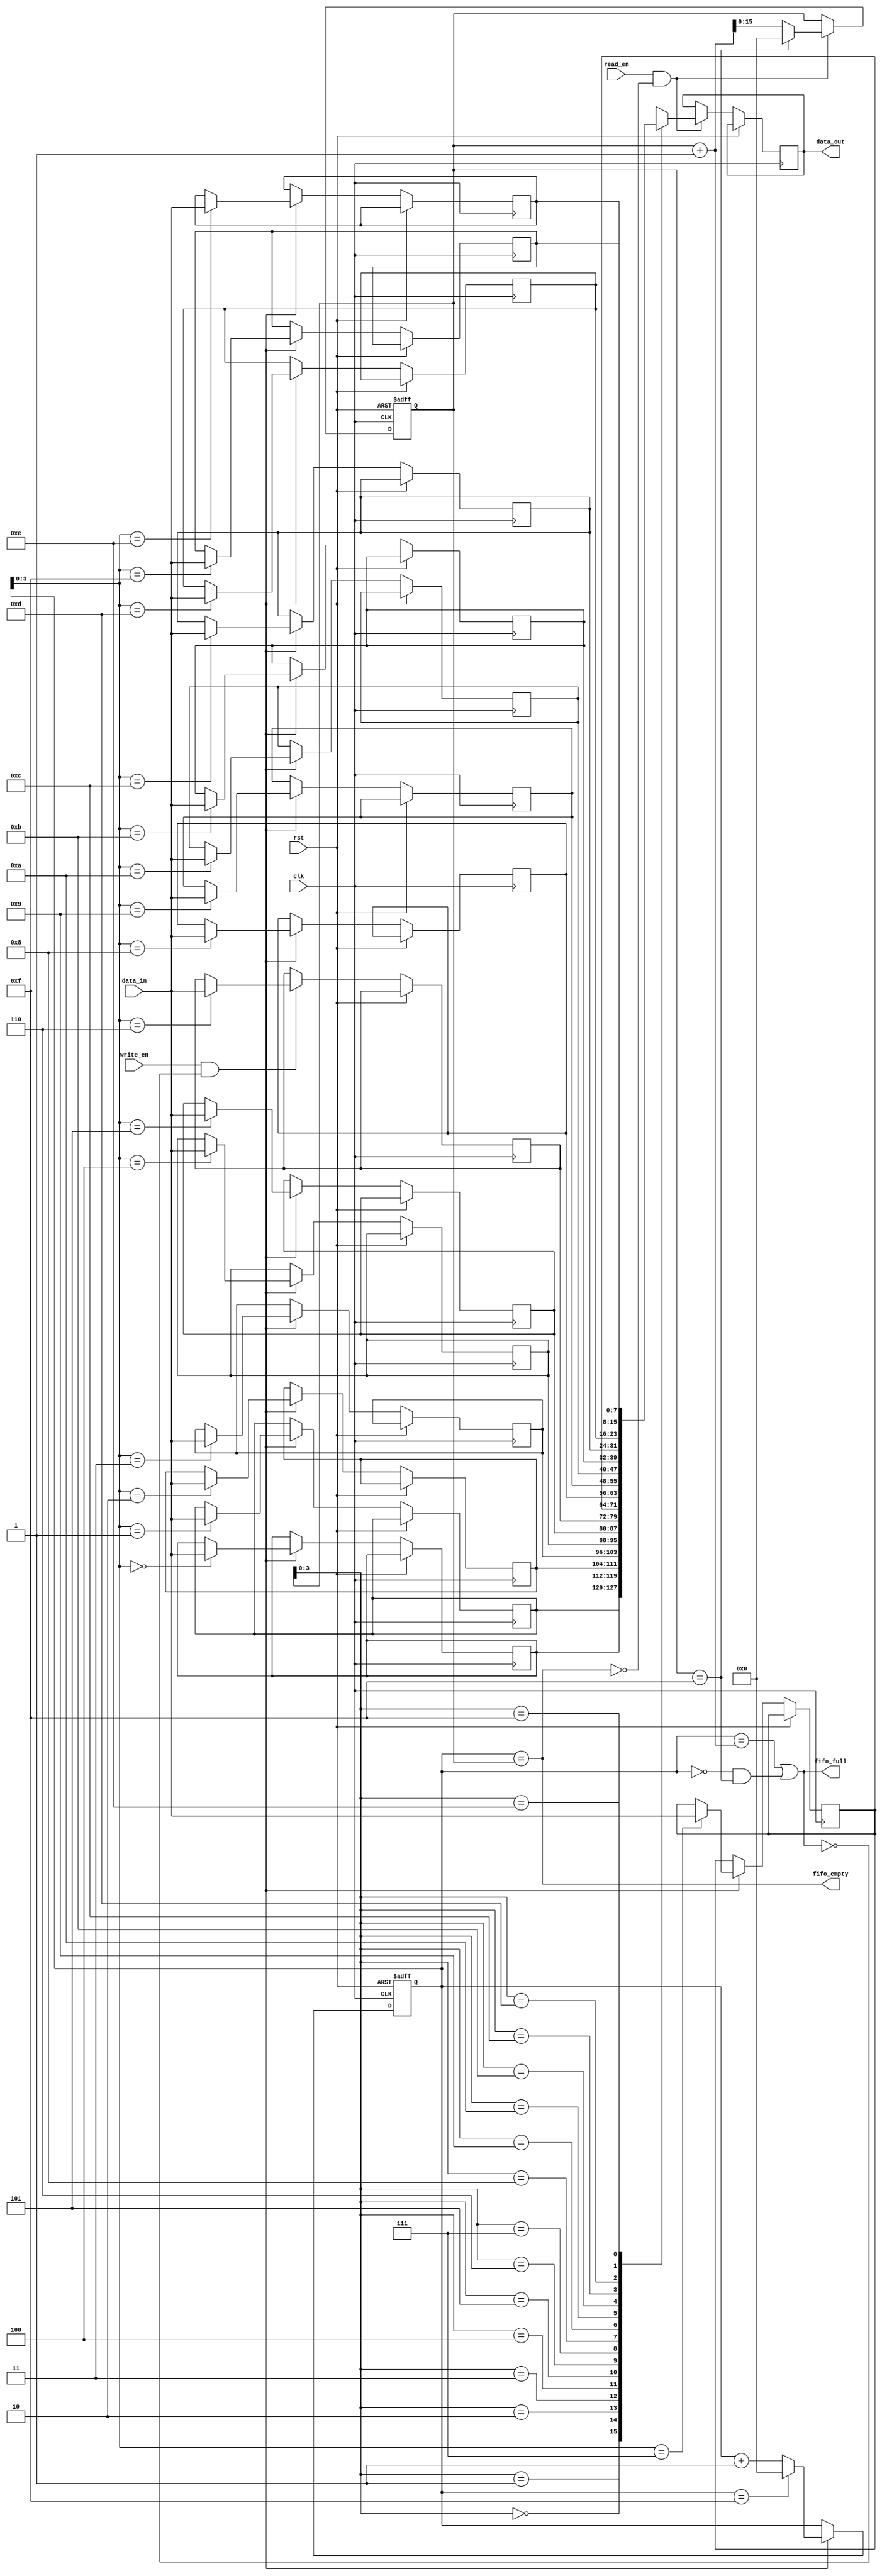
module bidirectional_fifo (
    input wire clk,
    input wire rst,
    input wire write_en,
    input wire read_en,
    input wire [DATA_WIDTH-1:0] data_in,
    output wire [DATA_WIDTH-1:0] data_out,
    output wire fifo_full,
    output wire fifo_empty
);

parameter DEPTH = 16;
parameter DATA_WIDTH = 8;

reg [DATA_WIDTH-1:0] memory [DEPTH-1:0];
reg [DEPTH-1:0] write_ptr;
reg [DEPTH-1:0] read_ptr;

assign fifo_full = (write_ptr == read_ptr + 1) || (write_ptr == 0 && read_ptr == DEPTH-1);
assign fifo_empty = (write_ptr == read_ptr);

always @(posedge clk or posedge rst) begin
    if (rst) begin
        write_ptr <= 0;
        read_ptr <= 0;
    end else begin
        if (write_en && !fifo_full) begin
            memory[write_ptr] <= data_in;
            write_ptr <= (write_ptr == DEPTH-1) ? 0 : write_ptr + 1;
        end
        if (read_en && !fifo_empty) begin
            data_out <= memory[read_ptr];
            read_ptr <= (read_ptr == DEPTH-1) ? 0 : read_ptr + 1;
        end
    end
end

endmodule